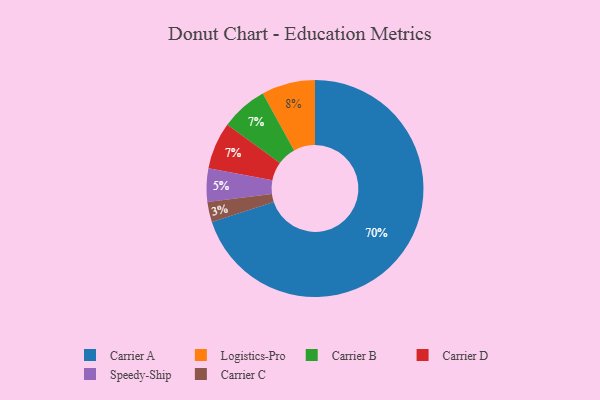
{"axis": {"x": "Category", "y": "Percentage"}, "legend": ["Carrier A", "Carrier B", "Carrier C", "Carrier D", "Logistics-Pro", "Speedy-Ship"], "data": [{"x": "Carrier C", "y": 3, "type": "Carrier C"}, {"x": "Speedy-Ship", "y": 5, "type": "Speedy-Ship"}, {"x": "Carrier B", "y": 7, "type": "Carrier B"}, {"x": "Carrier D", "y": 7, "type": "Carrier D"}, {"x": "Logistics-Pro", "y": 8, "type": "Logistics-Pro"}, {"x": "Carrier A", "y": 70, "type": "Carrier A"}]}